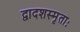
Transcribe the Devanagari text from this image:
द्वादशस्मृताः